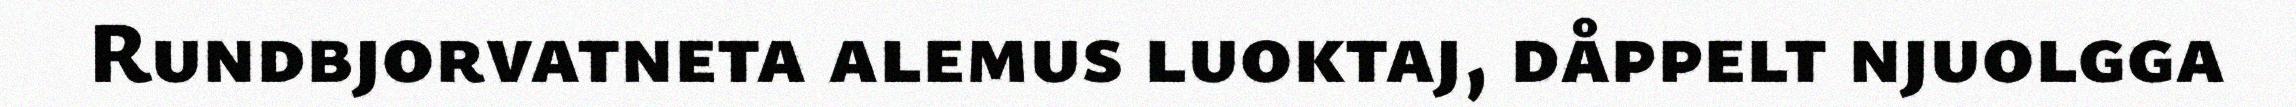
Rundbjorvatneta alemus luoktaj, dåppelt njuolgga